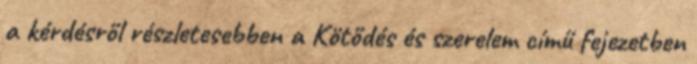
a kérdésről részletesebben a Kötődés és szerelem című fejezetben